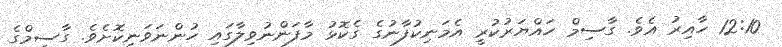
12:10 ހާއިރު އެވެ. ގާސިމް ހައްޔަރުކުރީ އެމަނިކުފާނުގެ ގެކޮޅު މާފަންނުވިލާގައި ހުންނަވަނިކޮށެވެ. ގާސިމްގެ